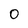
Character: 0